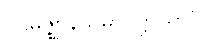
ပဌမဇ္ဈာနသမာပတ္တိယာပိ